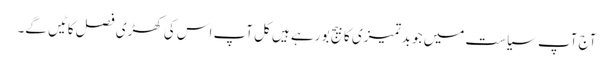
آج آپ سیاست میں جو بدتمیزی کا بیج بو رہے ہیں کل آپ اس کی کھڑی فصل کاٹیں گے۔